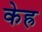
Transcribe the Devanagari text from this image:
केह्र